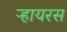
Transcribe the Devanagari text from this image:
ऱ्हायरस